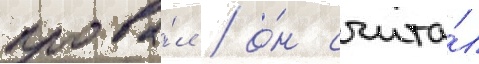
прова́л / о́н счита́л